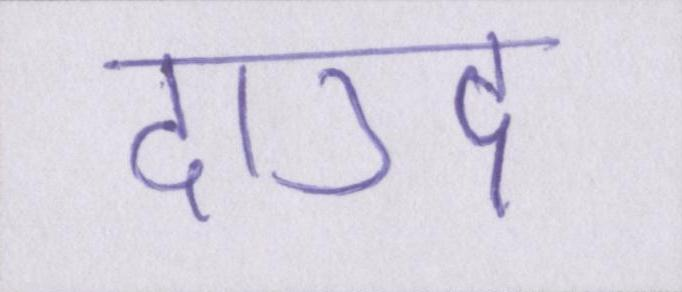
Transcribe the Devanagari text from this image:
दाउद